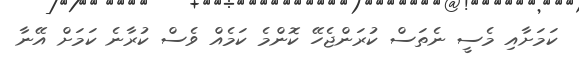
ކަމަށާއި މެސީ ނެތަސް ކުރަންޖެހޭ ކޮންމެ ކަމެއް ވެސް ކުރާނެ ކަމަށް އޭނާ